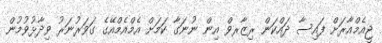
ޖީއެމްއާރަށް ފައިސާ ދައްކަން ރިޒާރވް އިން ނުނަގާ ކަމަށް އެމްއެމްއޭގެ ގަވަރުނަރު ވިދާޅުވުމުން